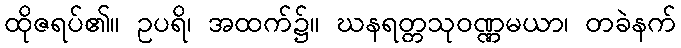
ထိုဇရပ်၏။ ဥပရိ၊ အထက်၌။ ဃနရတ္တသုဝဏ္ဏမယာ၊ တခဲနက်